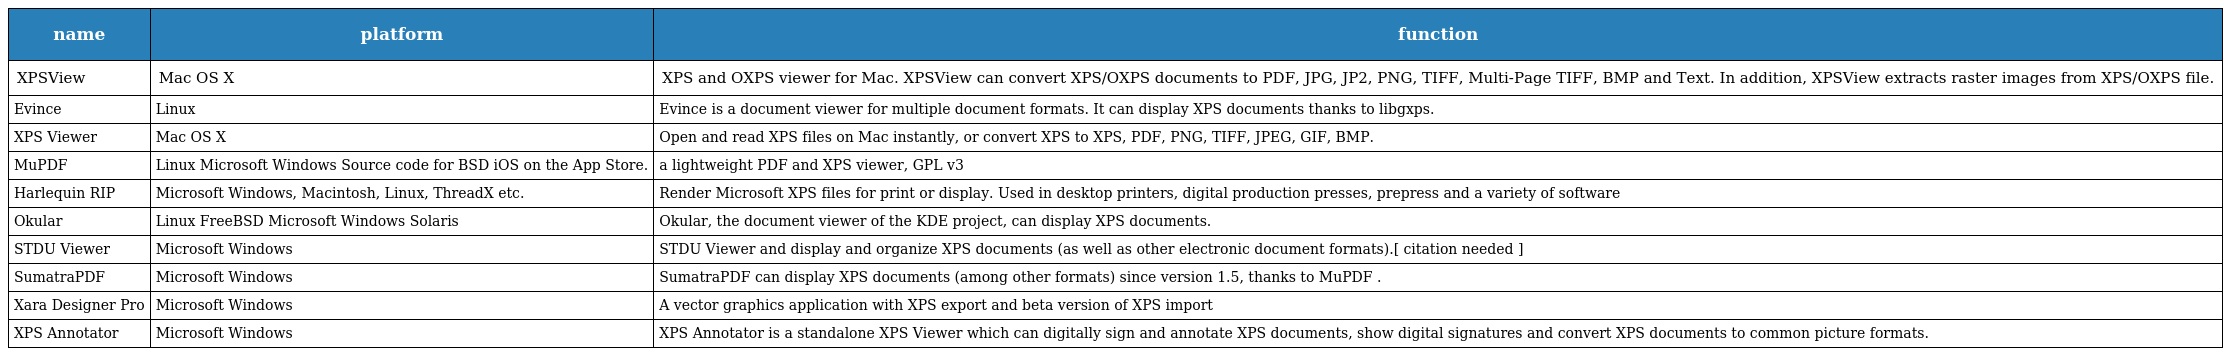
| name | platform | function |
 | --- | --- | --- |
 | XPSView | Mac OS X | XPS and OXPS viewer for Mac. XPSView can convert XPS/OXPS documents to PDF, JPG, JP2, PNG, TIFF, Multi-Page TIFF, BMP and Text. In addition, XPSView extracts raster images from XPS/OXPS file. |
 | Evince | Linux | Evince is a document viewer for multiple document formats. It can display XPS documents thanks to libgxps. |
 | XPS Viewer | Mac OS X | Open and read XPS files on Mac instantly, or convert XPS to XPS, PDF, PNG, TIFF, JPEG, GIF, BMP. |
 | MuPDF | Linux Microsoft Windows Source code for BSD iOS on the App Store. | a lightweight PDF and XPS viewer, GPL v3 |
 | Harlequin RIP | Microsoft Windows, Macintosh, Linux, ThreadX etc. | Render Microsoft XPS files for print or display. Used in desktop printers, digital production presses, prepress and a variety of software |
 | Okular | Linux FreeBSD Microsoft Windows Solaris | Okular, the document viewer of the KDE project, can display XPS documents. |
 | STDU Viewer | Microsoft Windows | STDU Viewer and display and organize XPS documents (as well as other electronic document formats).[ citation needed ] |
 | SumatraPDF | Microsoft Windows | SumatraPDF can display XPS documents (among other formats) since version 1.5, thanks to MuPDF . |
 | Xara Designer Pro | Microsoft Windows | A vector graphics application with XPS export and beta version of XPS import |
 | XPS Annotator | Microsoft Windows | XPS Annotator is a standalone XPS Viewer which can digitally sign and annotate XPS documents, show digital signatures and convert XPS documents to common picture formats. |